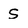
Character: S